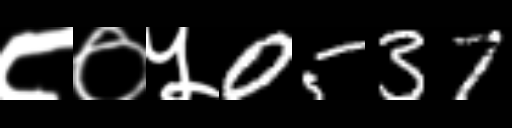
Text: ८०५0537